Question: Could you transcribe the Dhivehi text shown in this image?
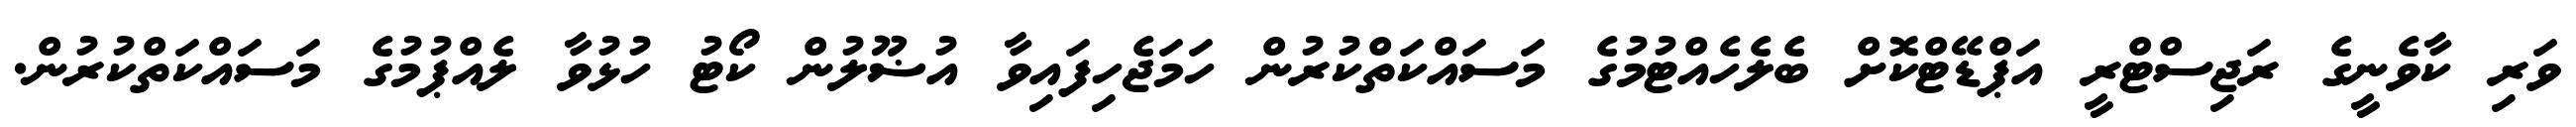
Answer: ވަރި ކާވެނީގެ ރަޖިސްޓްރީ އަޕްޑޭޓްކޮށް ބެލެހެއްޓުމުގެ މަސައްކަތްކުރުން ހަމަޖެހިފައިވާ އުޟޫލުން ކޯޓު ހުޅުވާ ލެއްޕުމުގެ މަސައްކަތްކުރުން.